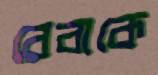
রেবাকে